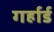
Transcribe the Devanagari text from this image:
गर्हार्ड